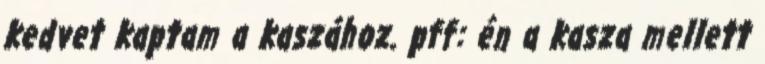
kedvet kaptam a kaszához. pff: én a kasza mellett